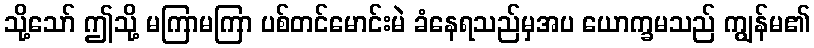
သို့သော် ဤသို့ မကြာမကြာ ပစ်တင်မောင်းမဲ ခံနေရသည်မှအပ ယောက္ခမသည် ကျွန်မ၏